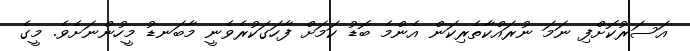
އަސަރުކޮށްފި ނަމަ ނުރައްކާތެރިކަން އެންމެ ބޮޑު ކަމަށް ފާހަގަކުރެވެނީ މާބަނޑު މީހުންނަށެވެ. މީގެ